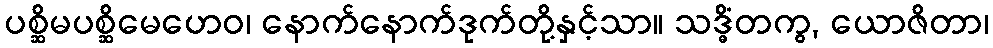
ပစ္ဆိမပစ္ဆိမေဟေဝ၊ နောက်နောက်ဒုက်တို့နှင့်သာ။ သဒ္ဓိံတကွ, ယောဇိတာ၊